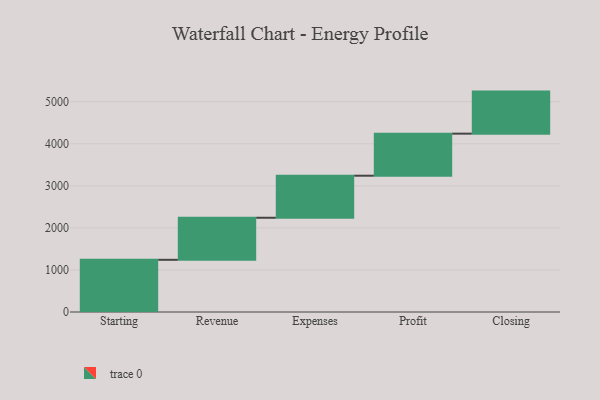
{"axis": {"x": "Step", "y": "Value"}, "legend": [""], "data": [{"x": "Starting", "y": 1241.0, "type": ""}, {"x": "Revenue", "y": 1000, "type": ""}, {"x": "Expenses", "y": 1000, "type": ""}, {"x": "Profit", "y": 1000, "type": ""}, {"x": "Closing", "y": 1000, "type": ""}]}